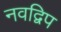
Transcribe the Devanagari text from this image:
नवद्विप